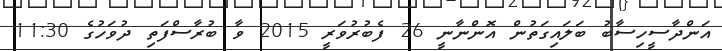
އަންދާސީހިސާބު ބަލައިގަތުން އޮންނާނީ 26 ފެބުރުވަރީ 2015 ވާ ބުރާސްފަތި ދުވަހުގެ 11:30